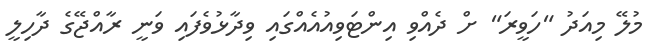
މުލޭ މިއަދު "ހަވީރަ" ށް ދެއްވި އިންޓަވިއުއެއްގައި ވިދާޅުވެފައި ވަނީ ރާއްޖޭގެ ދާހިލީ